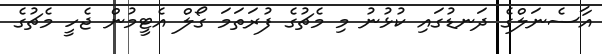
އާސެނަލްގެ ދަނޑުގައި ކުޅުނު މި މެޗުގެ ފުރަތަމަ ގޯލް އެޓީމުން ޖެހީ މެޗުގެ